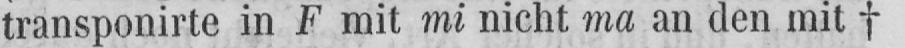
transponirte in F mit mi nicht ma an den mit ✝